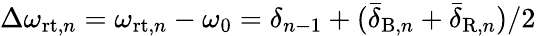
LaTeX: \Delta\omega_{\mathrm{rt},n}=\omega_{\mathrm{rt},n}-\omega_{0}=\delta_{n-1}+(\bar{\delta}_{\mathrm{B},n}+\bar{\delta}_{\mathrm{R},n})/2